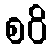
စဝိ